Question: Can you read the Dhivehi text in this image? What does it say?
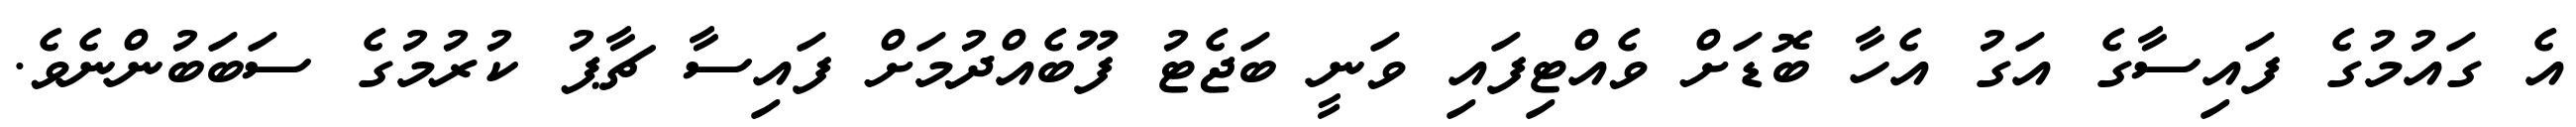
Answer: އެ ގައުމުގެ ފައިސާގެ އަގު އެހާ ބޮޑަށް ވެއްޓިފައި ވަނީ ބަޖެޓު ފޫބެއްދުމަށް ފައިސާ ޗާޕު ކުރުމުގެ ސަބަބުންނެވެ.